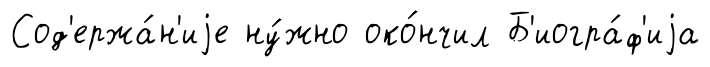
Сод'ержа́н'иjе ну́жно око́нчил Б'иогра́ф'иjа